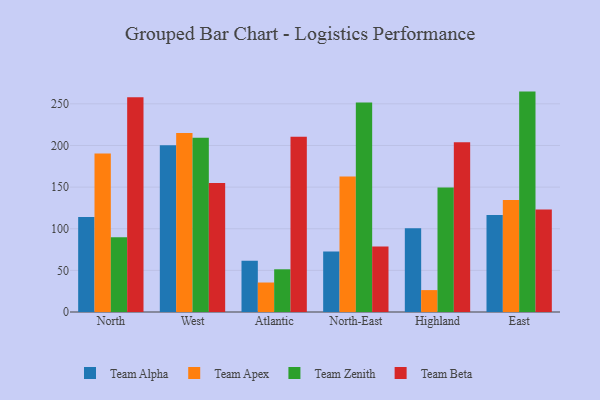
{"axis": {"x": "Region", "y": "Production Output"}, "legend": ["Team Alpha", "Team Apex", "Team Beta", "Team Zenith"], "data": [{"x": "North", "y": 114.2, "type": "Team Alpha"}, {"x": "North", "y": 190.3, "type": "Team Apex"}, {"x": "North", "y": 89.7, "type": "Team Zenith"}, {"x": "North", "y": 258.0, "type": "Team Beta"}, {"x": "West", "y": 200.2, "type": "Team Alpha"}, {"x": "West", "y": 215.0, "type": "Team Apex"}, {"x": "West", "y": 209.2, "type": "Team Zenith"}, {"x": "West", "y": 154.8, "type": "Team Beta"}, {"x": "Atlantic", "y": 61.7, "type": "Team Alpha"}, {"x": "Atlantic", "y": 35.4, "type": "Team Apex"}, {"x": "Atlantic", "y": 51.3, "type": "Team Zenith"}, {"x": "Atlantic", "y": 210.5, "type": "Team Beta"}, {"x": "North-East", "y": 72.8, "type": "Team Alpha"}, {"x": "North-East", "y": 162.6, "type": "Team Apex"}, {"x": "North-East", "y": 251.5, "type": "Team Zenith"}, {"x": "North-East", "y": 78.7, "type": "Team Beta"}, {"x": "Highland", "y": 100.5, "type": "Team Alpha"}, {"x": "Highland", "y": 26.3, "type": "Team Apex"}, {"x": "Highland", "y": 149.5, "type": "Team Zenith"}, {"x": "Highland", "y": 203.8, "type": "Team Beta"}, {"x": "East", "y": 116.5, "type": "Team Alpha"}, {"x": "East", "y": 134.5, "type": "Team Apex"}, {"x": "East", "y": 264.7, "type": "Team Zenith"}, {"x": "East", "y": 123.2, "type": "Team Beta"}]}